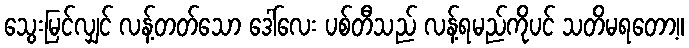
သွေးမြင်လျှင် လန့်တတ်သော ဒေါ်လေး ပစ်တီသည် လန့်ရမည်ကိုပင် သတိမရတော့။